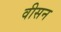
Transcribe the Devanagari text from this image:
वीसन